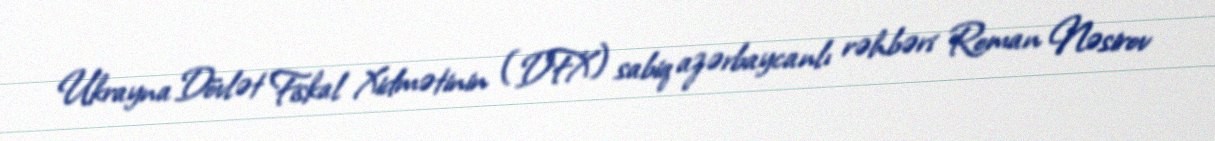
Ukrayna Dövlət Fiskal Xidmətinin (DFX) sabiq azərbaycanlı rəhbəri Roman Nəsirov